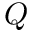
Q